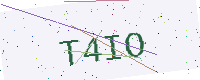
Text: T4IO